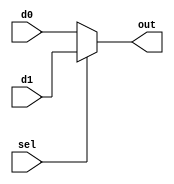
module mux2_1
(
	d0,
	d1,
	sel,
	out
);

	parameter n = 32;
	
	input [n-1:0] d0, d1;
	input sel;
	output [n-1:0] out;

	assign out = (sel) ? d1 : d0;

endmodule